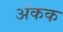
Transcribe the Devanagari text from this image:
अंकक